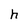
Character: h